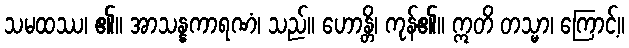
သမထဿ၊ ၏။ အာသန္နကာရဏံ၊ သည်။ ဟောန္တိ၊ ကုန်၏။ ဣတိ တသ္မာ၊ ကြောင့်။